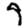
Digit: 9